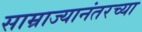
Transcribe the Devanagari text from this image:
साम्राज्यानंतरच्या